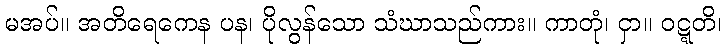
မအပ်။ အတိရေကေန ပန၊ ပိုလွန်သော သံဃာသည်ကား။ ကာတုံ၊ ငှာ။ ဝဋ္ဋတိ၊